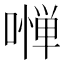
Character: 𠼺